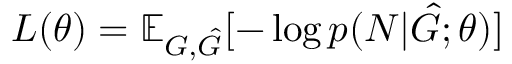
L ( \theta ) = \mathbb { E } _ { G , \hat { G } } [ - \log p ( N | \hat { G } ; \theta ) ]